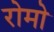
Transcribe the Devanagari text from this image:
रोमो